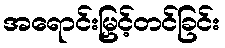
အရောင်းမြှင့်တင်ခြင်း